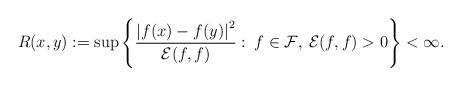
LaTeX: \begin{align*} R(x,y):=\sup\left\{\frac{\left|f(x)-f(y)\right|^2}{\mathcal{E}(f,f)}:\:f\in\mathcal{F},\:\mathcal{E}(f,f)>0\right\}<\infty. \end{align*}